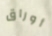
أوراق